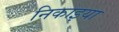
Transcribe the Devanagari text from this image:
निकाइया